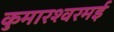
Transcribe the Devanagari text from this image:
कुमारश्‍वरमई